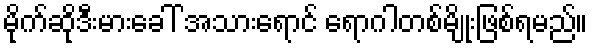
မိုက်ဆိုဒီးမားခေါ် အသားရောင် ရောဂါတစ်မျိုးဖြစ်ရမည်။